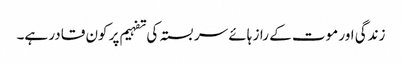
زندگی اور موت کے راز ہائے سربستہ کی تفہیم پر کون قادر ہے۔